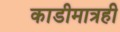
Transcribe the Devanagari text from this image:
काडीमात्रही